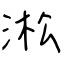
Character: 淞